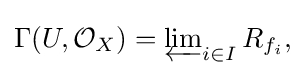
{\textstyle \Gamma (U,{\mathcal {O}}_{X})=\varprojlim _{i\in I}R_{f_{i}},}